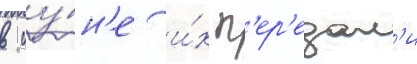
в иу́н'е и́х п'ер'едал'и